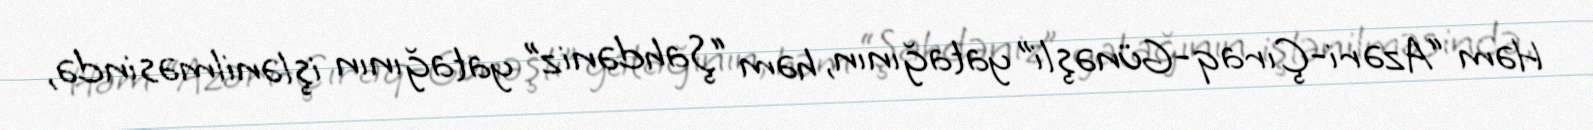
Həm “Azəri-Çıraq-Günəşli” yatağının, həm “Şahdəniz” yatağının işlənilməsində,